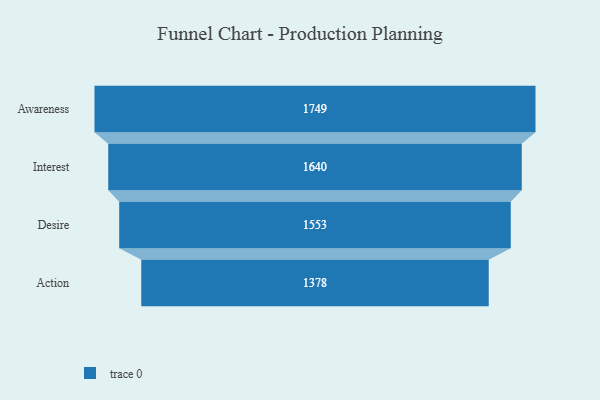
{"axis": {"x": "Stage", "y": "Value"}, "legend": [""], "data": [{"x": "Awareness", "y": 1749.0, "type": ""}, {"x": "Interest", "y": 1640.0, "type": ""}, {"x": "Desire", "y": 1553.0, "type": ""}, {"x": "Action", "y": 1378.0, "type": ""}]}